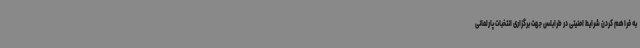
به فراهم کردن شرایط امنیتی در طرابلس جهت برگزاری انتخبات پارلمانی